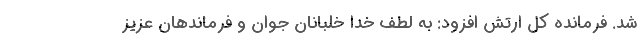
شد. فرمانده کل ارتش افزود: به لطف خدا خلبانان جوان و فرماندهان عزیز